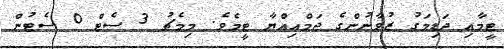
ޓީމާއި ދަޑިމަގު ޒުވާނުންގެ ޖަމްއިއްޔާ ޓީމެވެ. މިމެޗު 3 ސެޓް 0 ސެޓުން